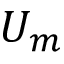
U _ { m }